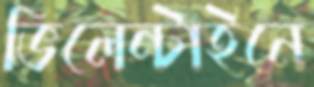
ভিলেন্টাইনে